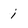
Character: i